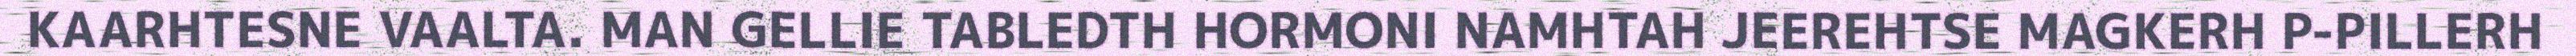
KAARHTESNE VAALTA. MAN GELLIE TABLEDTH HORMONI NAMHTAH JEEREHTSE MAGKERH P-PILLERH